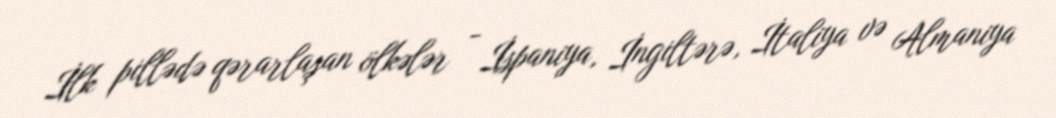
İlk pillədə qərarlaşan ölkələr - İspaniya, İngiltərə, İtaliya və Almaniya